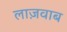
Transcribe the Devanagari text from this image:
लाज़वाब